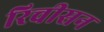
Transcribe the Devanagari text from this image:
रिचीसन